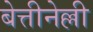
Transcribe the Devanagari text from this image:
बेत्तीनेल्ली